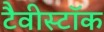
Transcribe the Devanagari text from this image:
टैवीस्टॉक